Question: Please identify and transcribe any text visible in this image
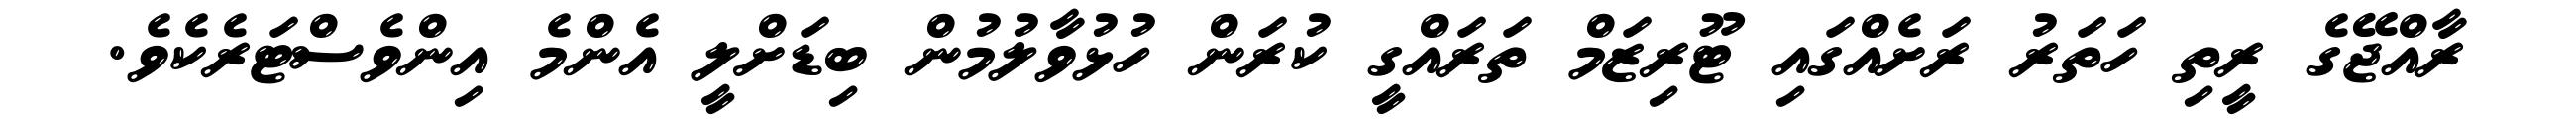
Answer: ރާއްޖޭގެ ރީތި ހަތަރު ރަށެއްގައި ޓޫރިޒަމް ތަރައްގީ ކުރަން ހުޅުވާލުމުން ބިޑަށްލީ އެންމެ އިންވެސްޓަރެކެވެ.